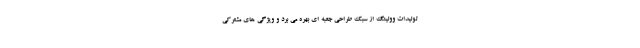
تولیدات وولینگ از سبک طراحی جعبه ای بهره می برد و ویژگی های مشترکی